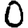
Digit: 0